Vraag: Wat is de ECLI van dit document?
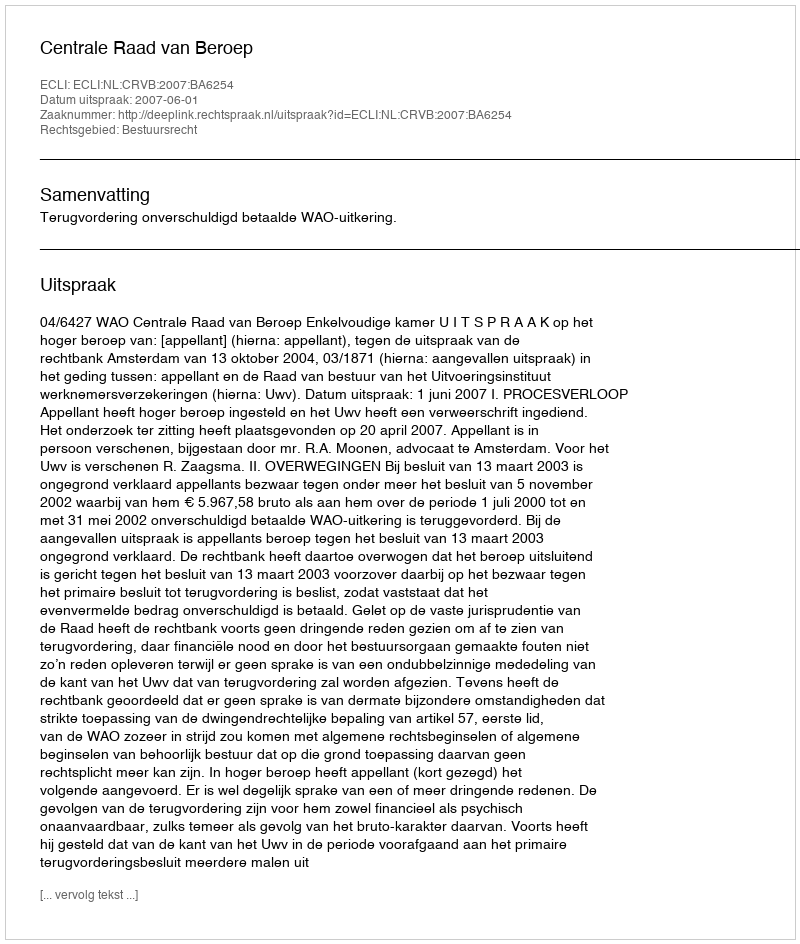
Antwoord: ECLI:NL:CRVB:2007:BA6254